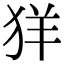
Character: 𦍕